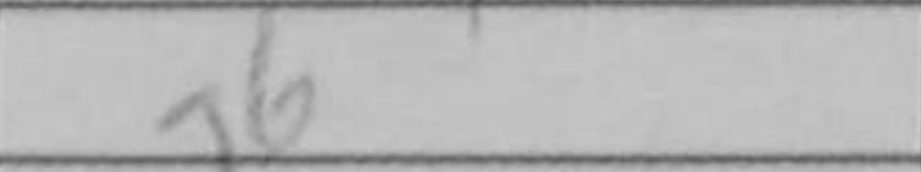
Transcription: g6